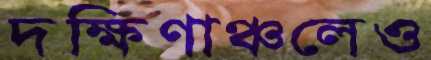
দক্ষিণাঞ্চলেও